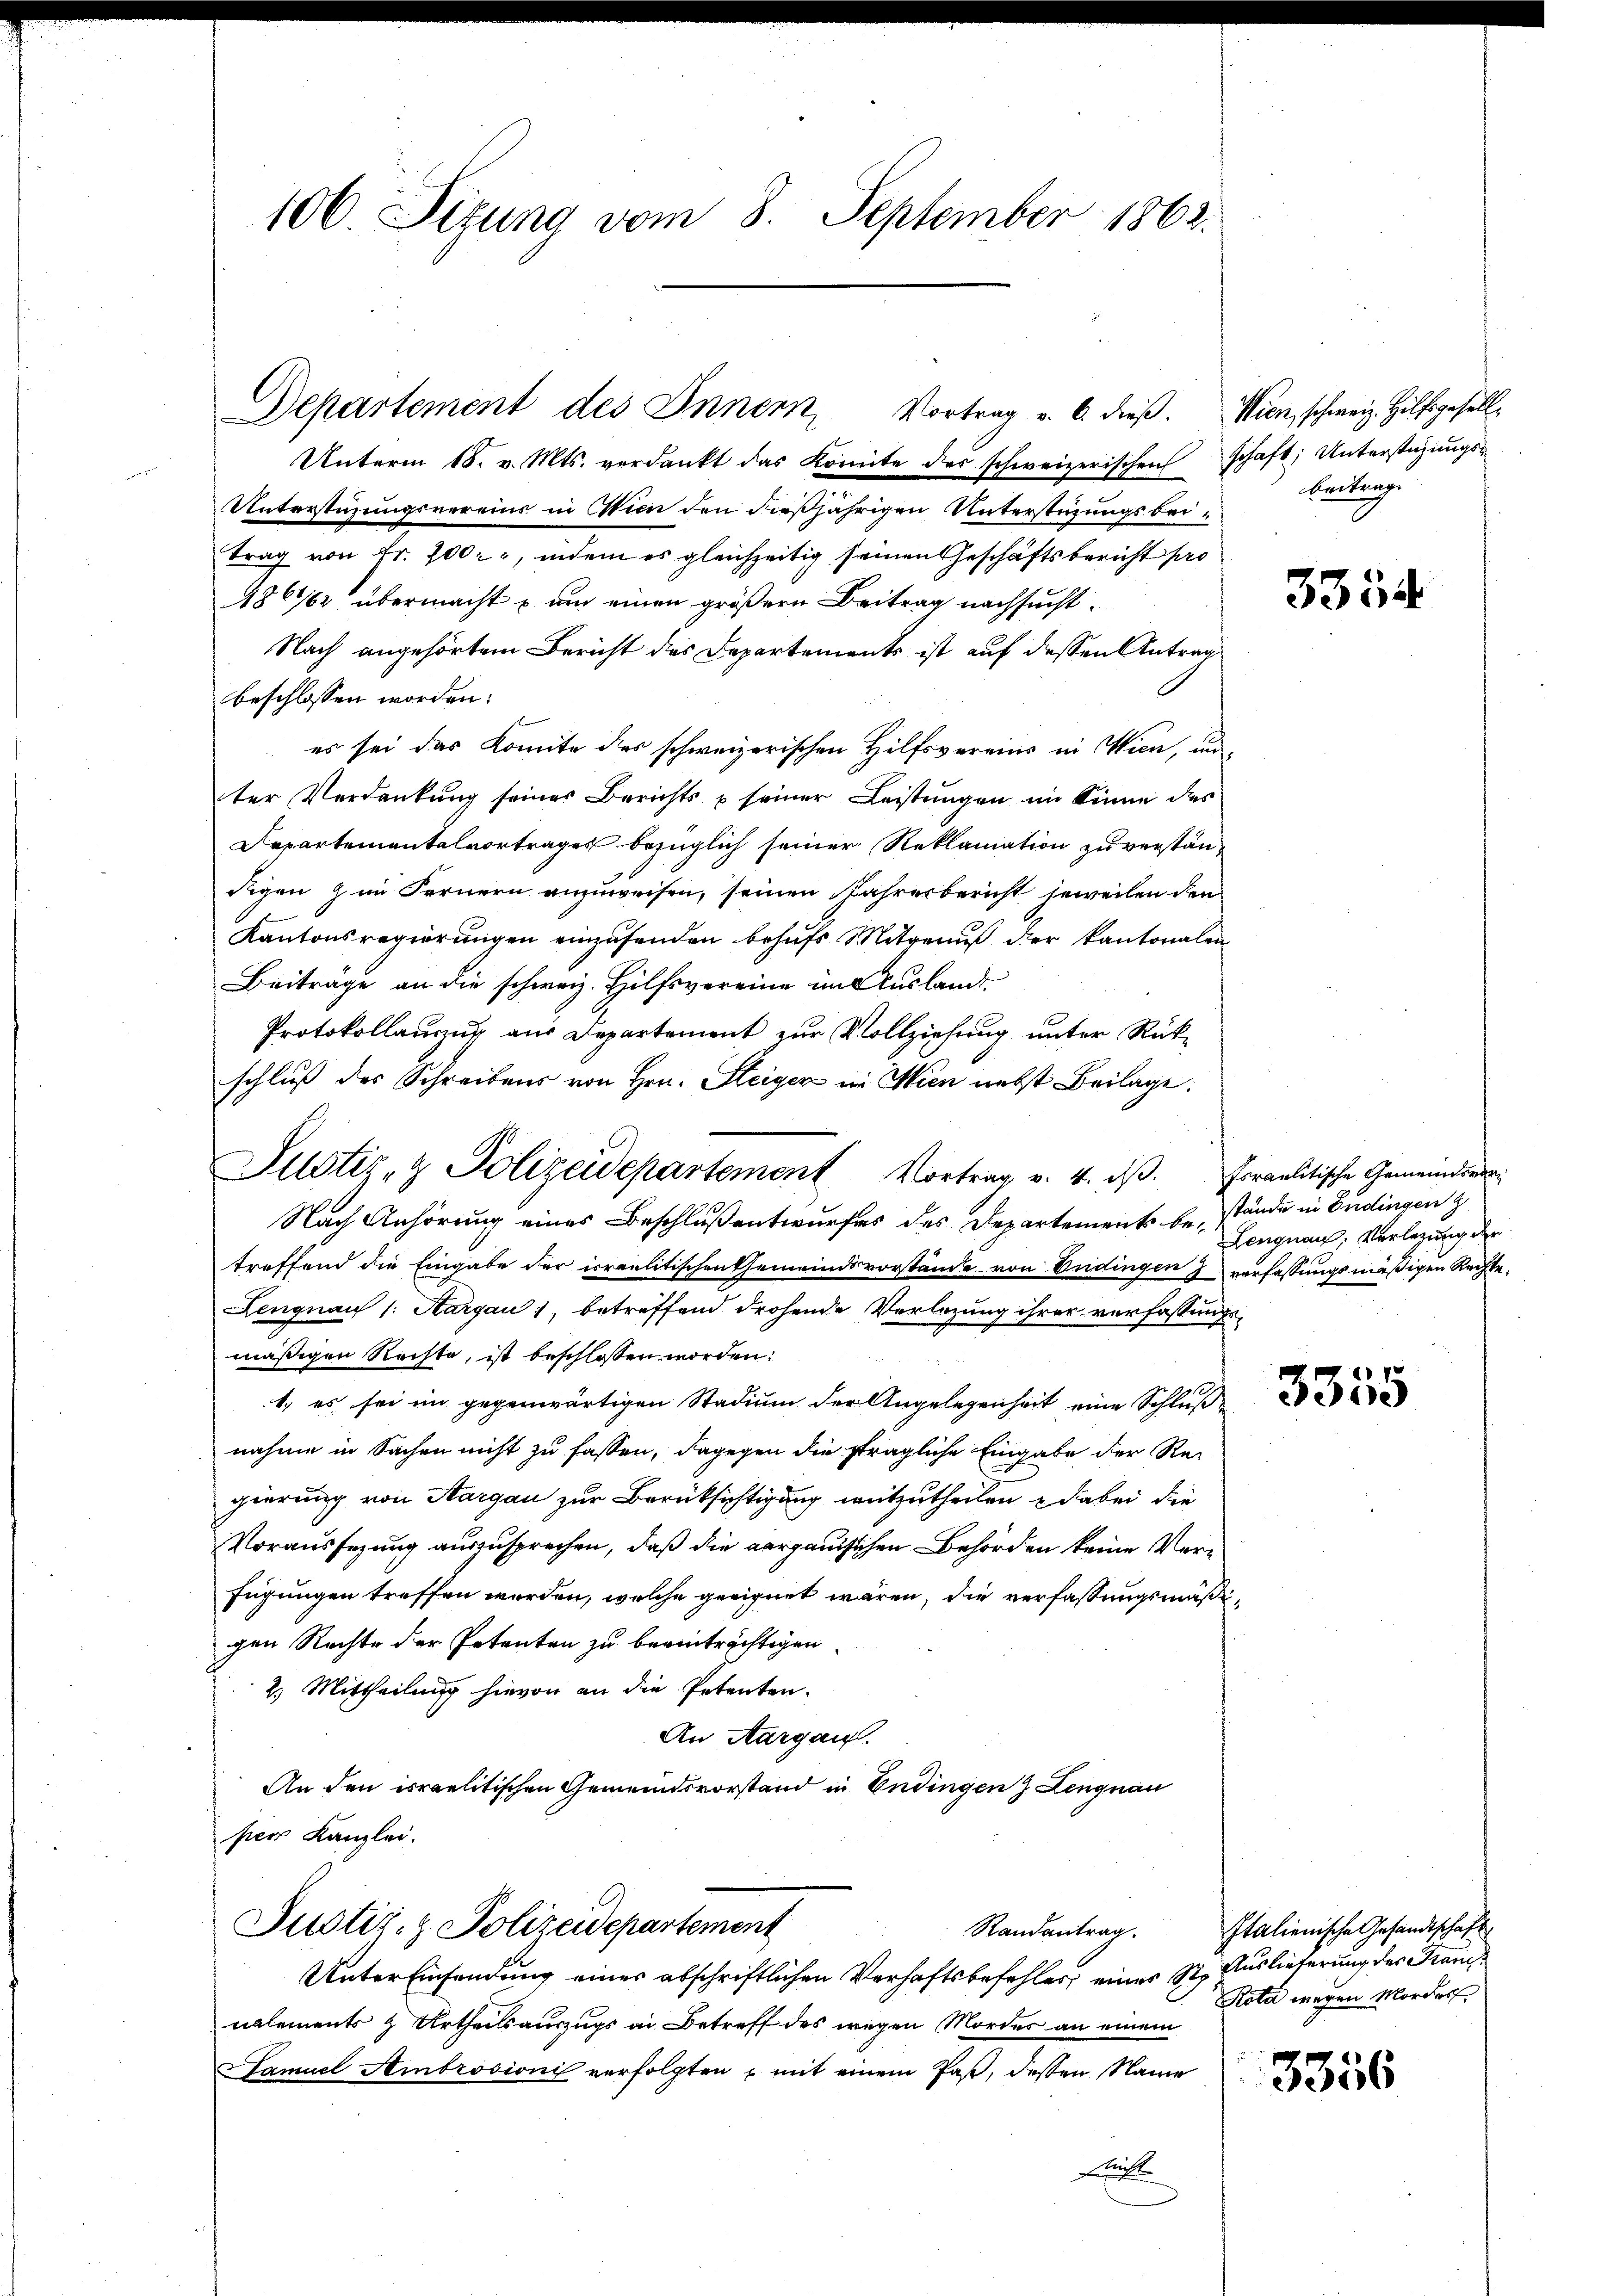
106. Situng vom 8. September 1862.

Departement des Innern, Vortrag u. 6. dieß.

Justiz- & Polizeidepartement Vortrag v. 4. ds.

Christ

Unterm 18. v. Mts. verdankt das Komite des schweizerischen
Unterstüzungsvereins in Vin den dießjährigen Unterstüzungsbeitrag von Fr. 700, indem es gleichzeitig seinen Geschäftsbericht pro
486/62 übermacht u. um einen größern Beitrag nachsucht.
Nach angehörtem Bericht des Departements ist auf dessen Antrag
beschlossen worden:
es sei das Komite des schweizerischen Hilfsvereins in Wien, un
ter Verdankung seiner Berichts u seiner Leistungen im Sinne des
Departementalvortrages bezüglich seiner Reklamation zu verständigen zum Fernern anzuweisen, seinen Jahresbericht jeweilen den
Kantonsregierŭngen einzŭsenden behŭfs Mitgenŭβ der kantonalen
Beiträge an die schweiz. Hilfsvereine im Auslandt¬
Protokollauszug aus Departement zur Vollziehung unter Rükschluß des Schreibens von Hrn. Steiger in Wien nebst Beilage:
Nach Anhörung eines Beschluß entwurfes des Departements bestände in Endingen z
treffend die Eingabe der irraelitischen Gemeindsvorstände von Endingen 7 verfassungsmäßigen Rechte¬
Lengnau 1. Margau, betreffend drohende Verlegung ihrer verfassung
mäßigen Rechte, ist beschlossen worden:
1., es sei im gegenwärtigen Stadium der Angelegenheit eine Schluß
nahme in Sachen nicht zu fassen, dagegen die strägliche Eingabe der Re-
gierung von Aargau zur Berüksichtigung mitzutheilen u dabei die
Voraussezung auszusprechen, daß die aargauischen Behörden keine Verfügungen treffen werden, welche geeignet wären, die verfassungsmäßgen Rechte der Petenten zu beeinträchtigen.
2.) Mittheilung hievon an die Petenten.
An Aargau.
An den israelitischen Gemeindsvorstand in Endingen Lengnau
per Kanzlei.
Justiz- & Polizeidepartement
Randantrag.
Unter Einsendung einer abschriftlichen Verhaftsbefehler, eines St. Auslieferung der Fraue
nalements & Urtheilsauszugs an Betreff des wegen Mordes an einem
Samuel Ambrosionis verfolgten mit einem Paß, dessen Name

Wien, schweiz. Hilfsgesell
schaft; Unterstüzungsbeitunge

3354

fsraelitische Gemeindsvor¬
Lengnau, Verlegung der

3355

Italienische Gesandtschaft
Kota wegen Mordes

3356